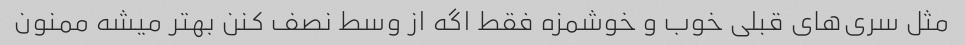
مثل سری‌های قبلی خوب و خوشمزه فقط اگه از وسط نصف کنن بهتر میشه ممنون